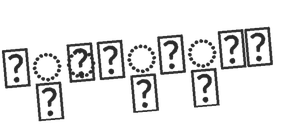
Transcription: תַּעֲנִית